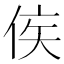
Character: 𬾗